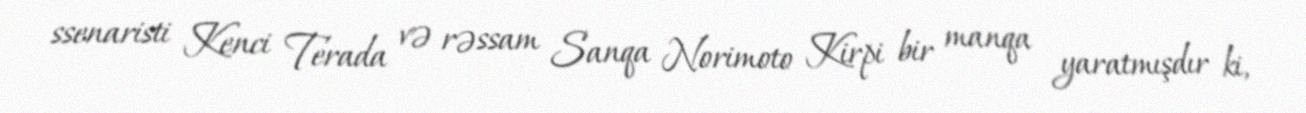
ssenaristi Kenci Terada və rəssam Sanqa Norimoto Kirpi bir manqa yaratmışdır ki,